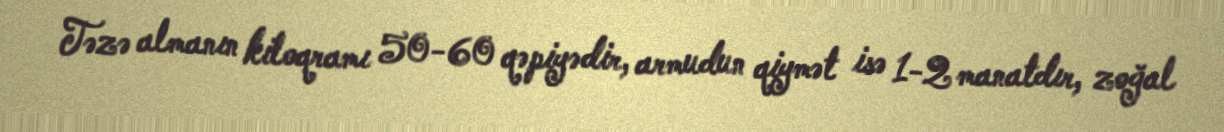
Təzə almanın kiloqramı 50-60 qəpiyədir, armudun qiymət isə 1-2 manatdır, zoğal